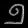
Digit: ၅